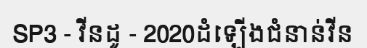
SP3 - វីនដូ - 2020ដំឡើងជំនាន់វីន